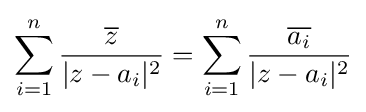
\sum _{i=1}^{n}{\frac {\overline {z}}{|z-a_{i}|^{2}}}=\sum _{i=1}^{n}{\frac {\overline {a_{i}}}{|z-a_{i}|^{2}}}